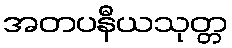
အတပနီယသုတ္တ